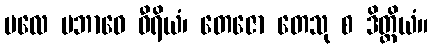
ဗလေ ပဘာဝေ ဝီရိယံ၊ တေဇော တေသု စ ဒိတ္တိယံ။